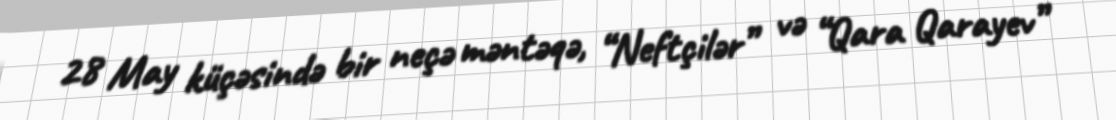
28 May küçəsində bir neçə məntəqə, “Neftçilər” və “Qara Qarayev”